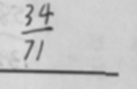
\frac { 3 4 } { 7 1 }